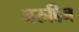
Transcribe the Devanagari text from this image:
नरुद्दिन